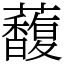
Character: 𧄦